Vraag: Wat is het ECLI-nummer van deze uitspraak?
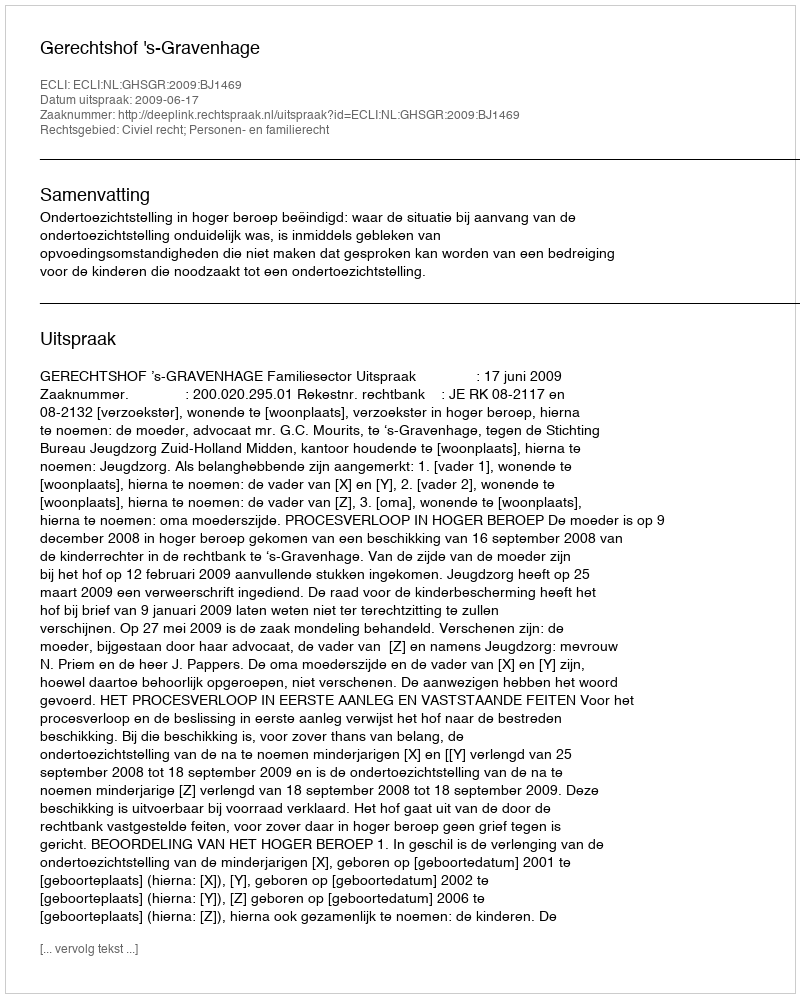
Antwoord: ECLI:NL:GHSGR:2009:BJ1469